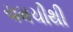
ચમચીથી